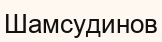
Шамсудинов